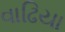
વાઢિયા